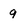
Character: 9